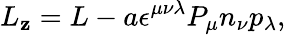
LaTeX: L_{\mathbf{z}}=L-a\epsilon^{\mu\nu\lambda}P_{\mu}n_{\nu}p_{\lambda},